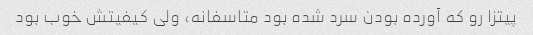
پیتزا رو که آورده بودن سرد شده بود متاسفانه، ولی کیفیتش خوب بود